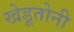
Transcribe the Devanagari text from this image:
खेडूतोनी